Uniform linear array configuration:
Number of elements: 4
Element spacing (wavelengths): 1
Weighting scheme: hann
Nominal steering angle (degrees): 60
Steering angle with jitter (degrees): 59.445
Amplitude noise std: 0.05
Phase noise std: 0.05

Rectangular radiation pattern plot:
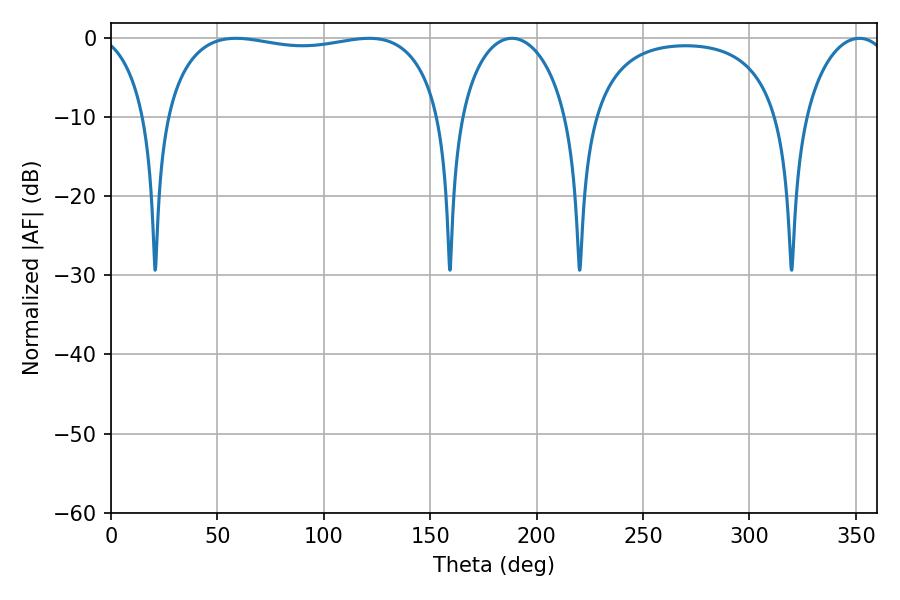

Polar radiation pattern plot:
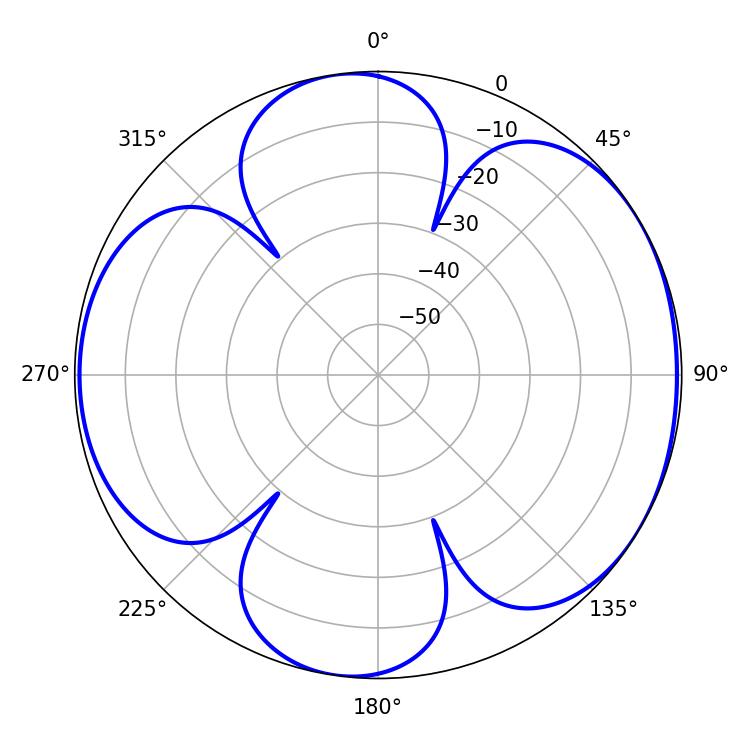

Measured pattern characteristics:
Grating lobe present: TRUE
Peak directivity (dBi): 5.784
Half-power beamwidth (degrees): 105.48
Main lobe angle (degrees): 58.68